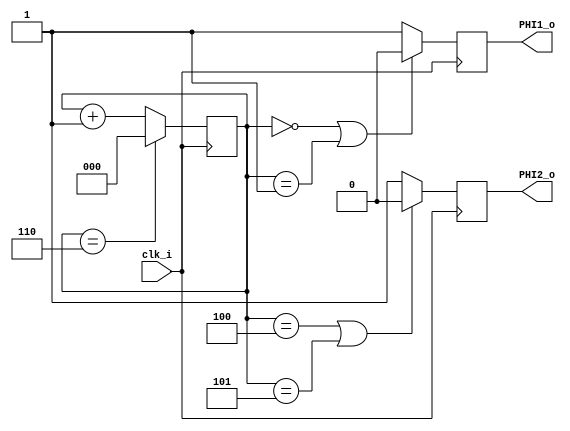
/*
    Two phase clock generator for MCS-4
*/
module mcs4_clk_gen(
    input clk_i, // main design clock, not a pin
    output reg PHI1_o,
    output reg PHI2_o
);
    reg[2:0] r_clk_count = 3'b000;
    
    initial
    begin
        PHI1_o = 1;
        PHI2_o = 1;
    end

    always @(posedge clk_i)
    begin
        if ((r_clk_count == 3'b000) || (r_clk_count == 3'b001))
            PHI1_o <= 0;
        else
            PHI1_o <= 1;
        if ((r_clk_count == 3'b100) || (r_clk_count == 3'b101))
            PHI2_o <= 0;
        else
            PHI2_o <= 1;
        if (r_clk_count == 3'b110)
            r_clk_count <= 3'b000;
        else
            r_clk_count <= r_clk_count + 1;
    end
endmodule